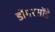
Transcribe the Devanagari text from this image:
डोंगरसोंडे